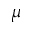
\mu